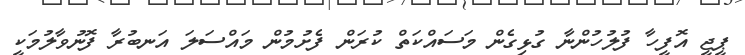
ޕީޖީ އޮފީހާ ފުލުހުންނާ ގުޅިގެން މަސައްކަތް ކުރަން ފެށުމުން މައްސަލަ އަނބުރާ ފޮނުވާލުމަކީ